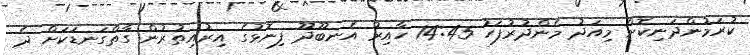
ކުރަމުންދަނިކޮށް މިއަދު މެންދުރުފަހު 14:45 ހާއިރު އެނބޫދޫ ފިނޮޅުގެ އިރުއިތުރުން ގާތްގަނޑަކަށް ދެ